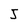
Character: J